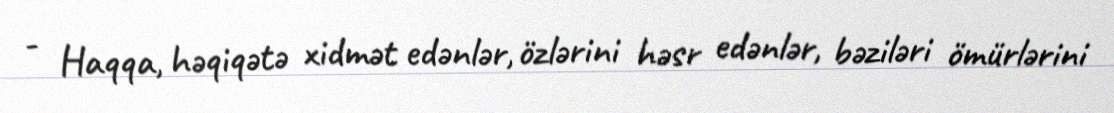
- Haqqa, həqiqətə xidmət edənlər, özlərini həsr edənlər, bəziləri ömürlərini